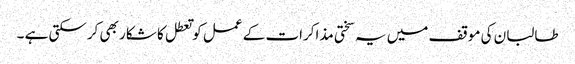
طالبان کی موقف میں یہ سختی مذاکرات کے عمل کو تعطل کا شکار بھی کرسکتی ہے ۔